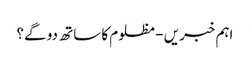
اہم خبریں - مظلوم کا ساتھ دو گے؟